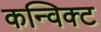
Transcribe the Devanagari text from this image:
कन्विक्ट